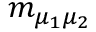
m _ { \mu _ { 1 } \mu _ { 2 } }